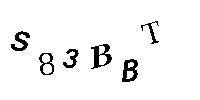
S83BBT